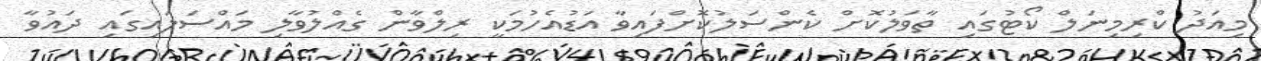
މިއަދު ކްރިމިނަލް ކޯޓުގައި ތާވަލުކޮށް ކެންސަލުކޮށްފައިވާ އަޑުއެހުމަކީ ރިލްވާން ގެއްލުވާލި މައްސަލައިގައި ދައުވާ